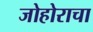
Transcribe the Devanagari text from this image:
जोहोराचा